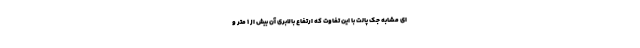
ای مشابه جک پالت با این تفاوت که ارتفاع بالابری آن بیش از 1 متر و